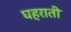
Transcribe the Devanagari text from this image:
घहराती